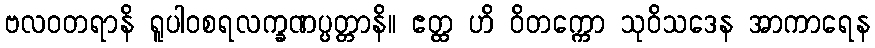
ဗလဝတရာနိ ရူပါဝစရလက္ခဏပ္ပတ္တာနိ။ ဧတ္ထ ဟိ ဝိတက္ကော သုဝိသဒေန အာကာရေန